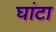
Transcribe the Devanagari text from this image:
घांटा